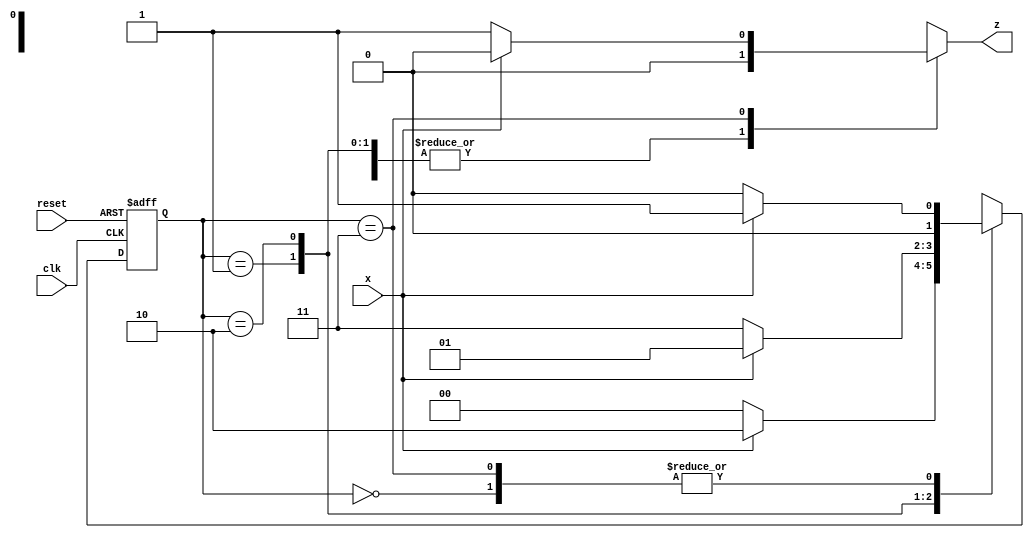
module seq_det(x,clk,reset,z);
  input x,clk,reset;
  output reg z;
  parameter S0=0,S1=1,S2=2,S3=3;
  reg [0:1] PS,NS;
  always @(posedge clk or posedge reset)
    if (reset)
      PS<=S0;
  else 
    PS<=NS;
  always @(PS,x)
    case(PS)
      S0:begin
        z=x?0:0;
        NS=x?S1:S0;
      end
      
      S1:begin
        z=x?0:0;
        NS=x?S2:S0;
      end
      
      S2:begin
        z=x?0:0;
        NS=x?S1:S3;
      end
      
      S3:begin
        z=x?0:1;
        NS=x?S1:S0;
      end
    endcase
endmodule